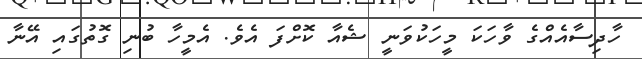
ހާދިސާއެއްގެ ވާހަކަ މީހަކުވަނީ ޝެއާ ކޮށްފަ އެވެ. އެމީހާ ބުނި ގޮތުގައި އޭނާ